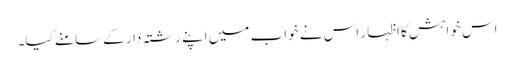
اس خواہش کا اظہار اس نے خواب میں اپنے رشتہ دار کے سامنے کیا۔